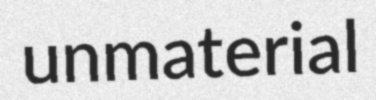
unmaterial